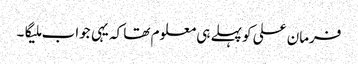
فرمان علی کو پہلے ہی معلوم تھا کہ یہی جواب ملیگا۔